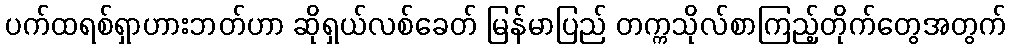
ပက်ထရစ်ရှာဟားဘတ်ဟာ ဆိုရှယ်လစ်ခေတ် မြန်မာပြည် တက္ကသိုလ်စာကြည့်တိုက်တွေအတွက်